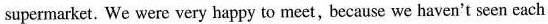
supermarket. We were very happy to meet, because we haven't seen cach